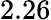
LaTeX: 2.26